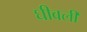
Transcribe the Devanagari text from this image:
घीवली